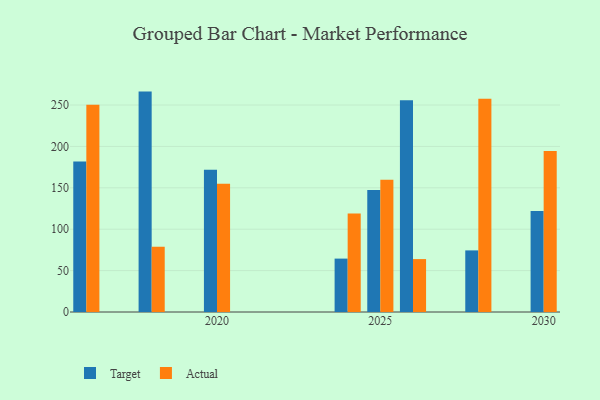
{"axis": {"x": "Year", "y": "Demand Index"}, "legend": ["Actual", "Target"], "data": [{"x": "2024", "y": 64.5, "type": "Target"}, {"x": "2024", "y": 118.9, "type": "Actual"}, {"x": "2028", "y": 74.4, "type": "Target"}, {"x": "2028", "y": 257.7, "type": "Actual"}, {"x": "2016", "y": 181.9, "type": "Target"}, {"x": "2016", "y": 250.4, "type": "Actual"}, {"x": "2025", "y": 147.5, "type": "Target"}, {"x": "2025", "y": 159.8, "type": "Actual"}, {"x": "2020", "y": 171.9, "type": "Target"}, {"x": "2020", "y": 154.9, "type": "Actual"}, {"x": "2030", "y": 122.1, "type": "Target"}, {"x": "2030", "y": 194.6, "type": "Actual"}, {"x": "2026", "y": 255.9, "type": "Target"}, {"x": "2026", "y": 63.9, "type": "Actual"}, {"x": "2018", "y": 266.2, "type": "Target"}, {"x": "2018", "y": 78.7, "type": "Actual"}]}